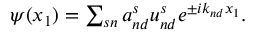
\begin{array} { r } { \psi ( x _ { 1 } ) = \sum _ { s n } a _ { n d } ^ { s } u _ { n d } ^ { s } e ^ { \pm i k _ { n d } x _ { 1 } } . } \end{array}